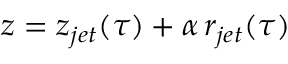
z = z _ { j e t } ( \tau ) + \alpha \, r _ { j e t } ( \tau )